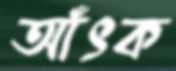
আঁৎক